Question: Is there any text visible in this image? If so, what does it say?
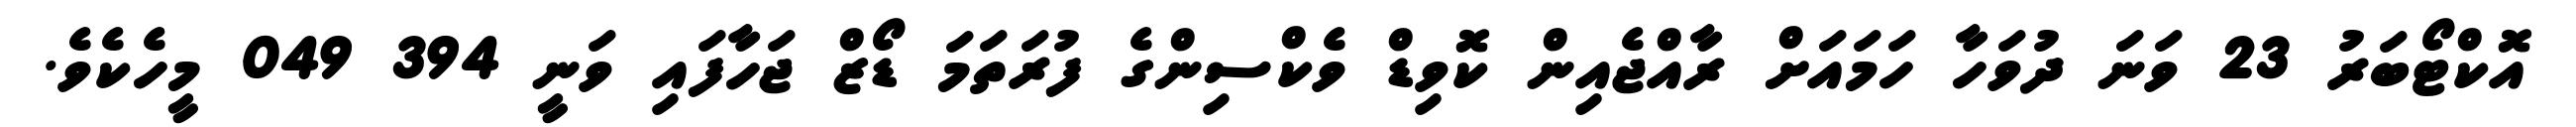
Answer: އޮކްޓޯބަރު 23 ވަނަ ދުވަހާ ހަމައަށް ރާއްޖެއިން ކޮވިޑް ވެކްސިންގެ ފުރަތަމަ ޑޯޒް ޖަހާފައި ވަނީ 394 049 މީހެކެވެ.